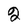
Character: 2